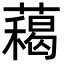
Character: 藒